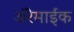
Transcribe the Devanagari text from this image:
अॅरेमाईक